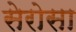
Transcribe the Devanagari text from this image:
सेरोसा